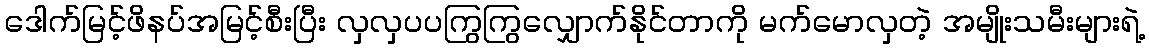
ဒေါက်မြင့်ဖိနပ်အမြင့်စီးပြီး လှလှပပကြွကြွလျှောက်နိုင်တာကို မက်မောလှတဲ့ အမျိုးသမီးများရဲ့